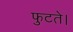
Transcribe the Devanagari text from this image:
फुटते।